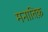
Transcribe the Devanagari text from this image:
मनातिक़